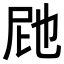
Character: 𭕗